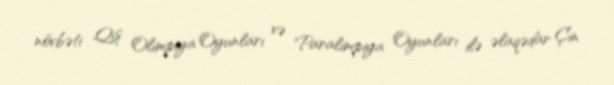
növbəti Qış Olimpiya Oyunları və Paralimpiya Oyunları ilə əlaqədar Çin